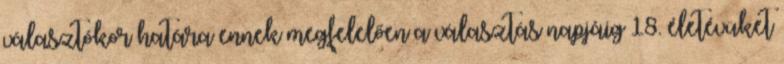
választókor határa ennek megfelelően a választás napjáig 18. életévüket